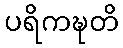
ပရိကဍ္ဎတိ